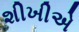
શીખીએ